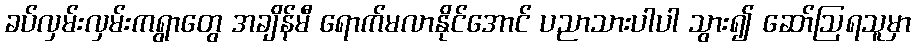
ခပ်လှမ်းလှမ်းကရွာတွေ အချိန်မီ ရောက်မလာနိုင်အောင် ပညာသားပါပါ သွား၍ ဆော်ဩရသူမှာ